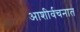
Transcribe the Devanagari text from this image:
आशीर्वचनात